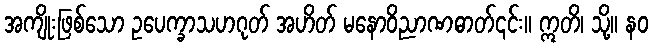
အကျိုးဖြစ်သော ဥပေက္ခာသဟဂုတ် အဟိတ် မနောဝိညာဏဓာတ်၎င်း။ ဣတိ၊ သို့။ နဝ